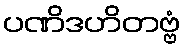
ပဏိဒဟိတဗ္ဗံ